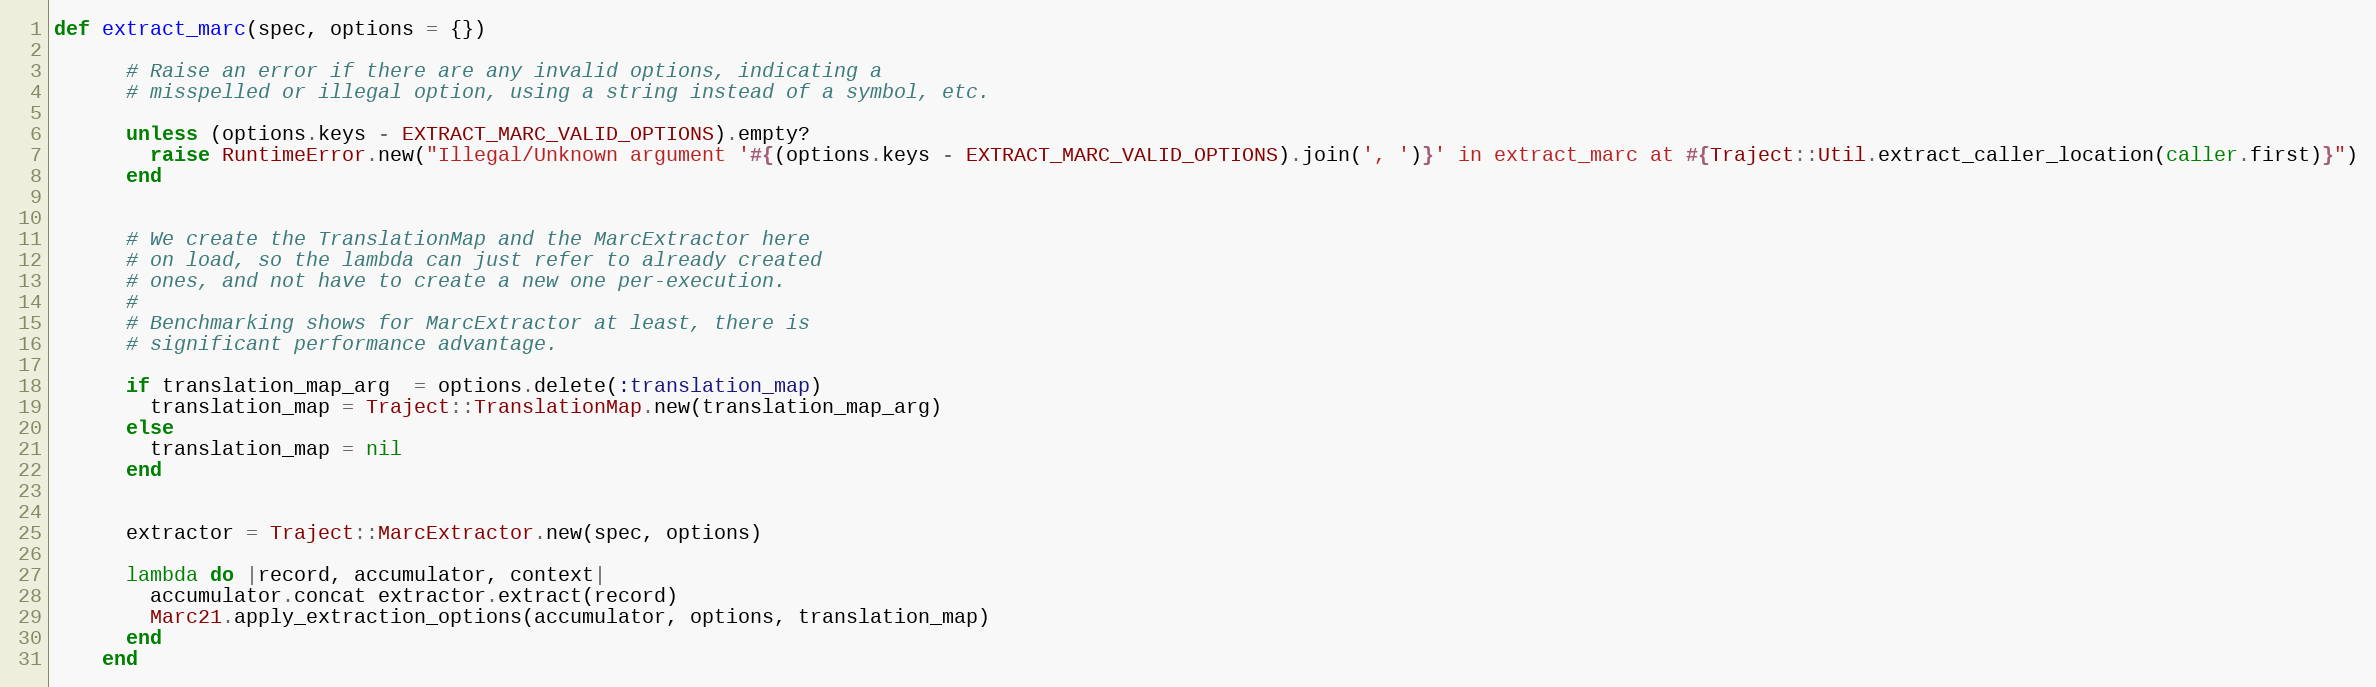
Language: Ruby
def extract_marc(spec, options = {})

      # Raise an error if there are any invalid options, indicating a
      # misspelled or illegal option, using a string instead of a symbol, etc.

      unless (options.keys - EXTRACT_MARC_VALID_OPTIONS).empty?
        raise RuntimeError.new("Illegal/Unknown argument '#{(options.keys - EXTRACT_MARC_VALID_OPTIONS).join(', ')}' in extract_marc at #{Traject::Util.extract_caller_location(caller.first)}")
      end

      # We create the TranslationMap and the MarcExtractor here
      # on load, so the lambda can just refer to already created
      # ones, and not have to create a new one per-execution.
      #
      # Benchmarking shows for MarcExtractor at least, there is
      # significant performance advantage.

      if translation_map_arg  = options.delete(:translation_map)
        translation_map = Traject::TranslationMap.new(translation_map_arg)
      else
        translation_map = nil
      end

      extractor = Traject::MarcExtractor.new(spec, options)

      lambda do |record, accumulator, context|
        accumulator.concat extractor.extract(record)
        Marc21.apply_extraction_options(accumulator, options, translation_map)
      end
    end